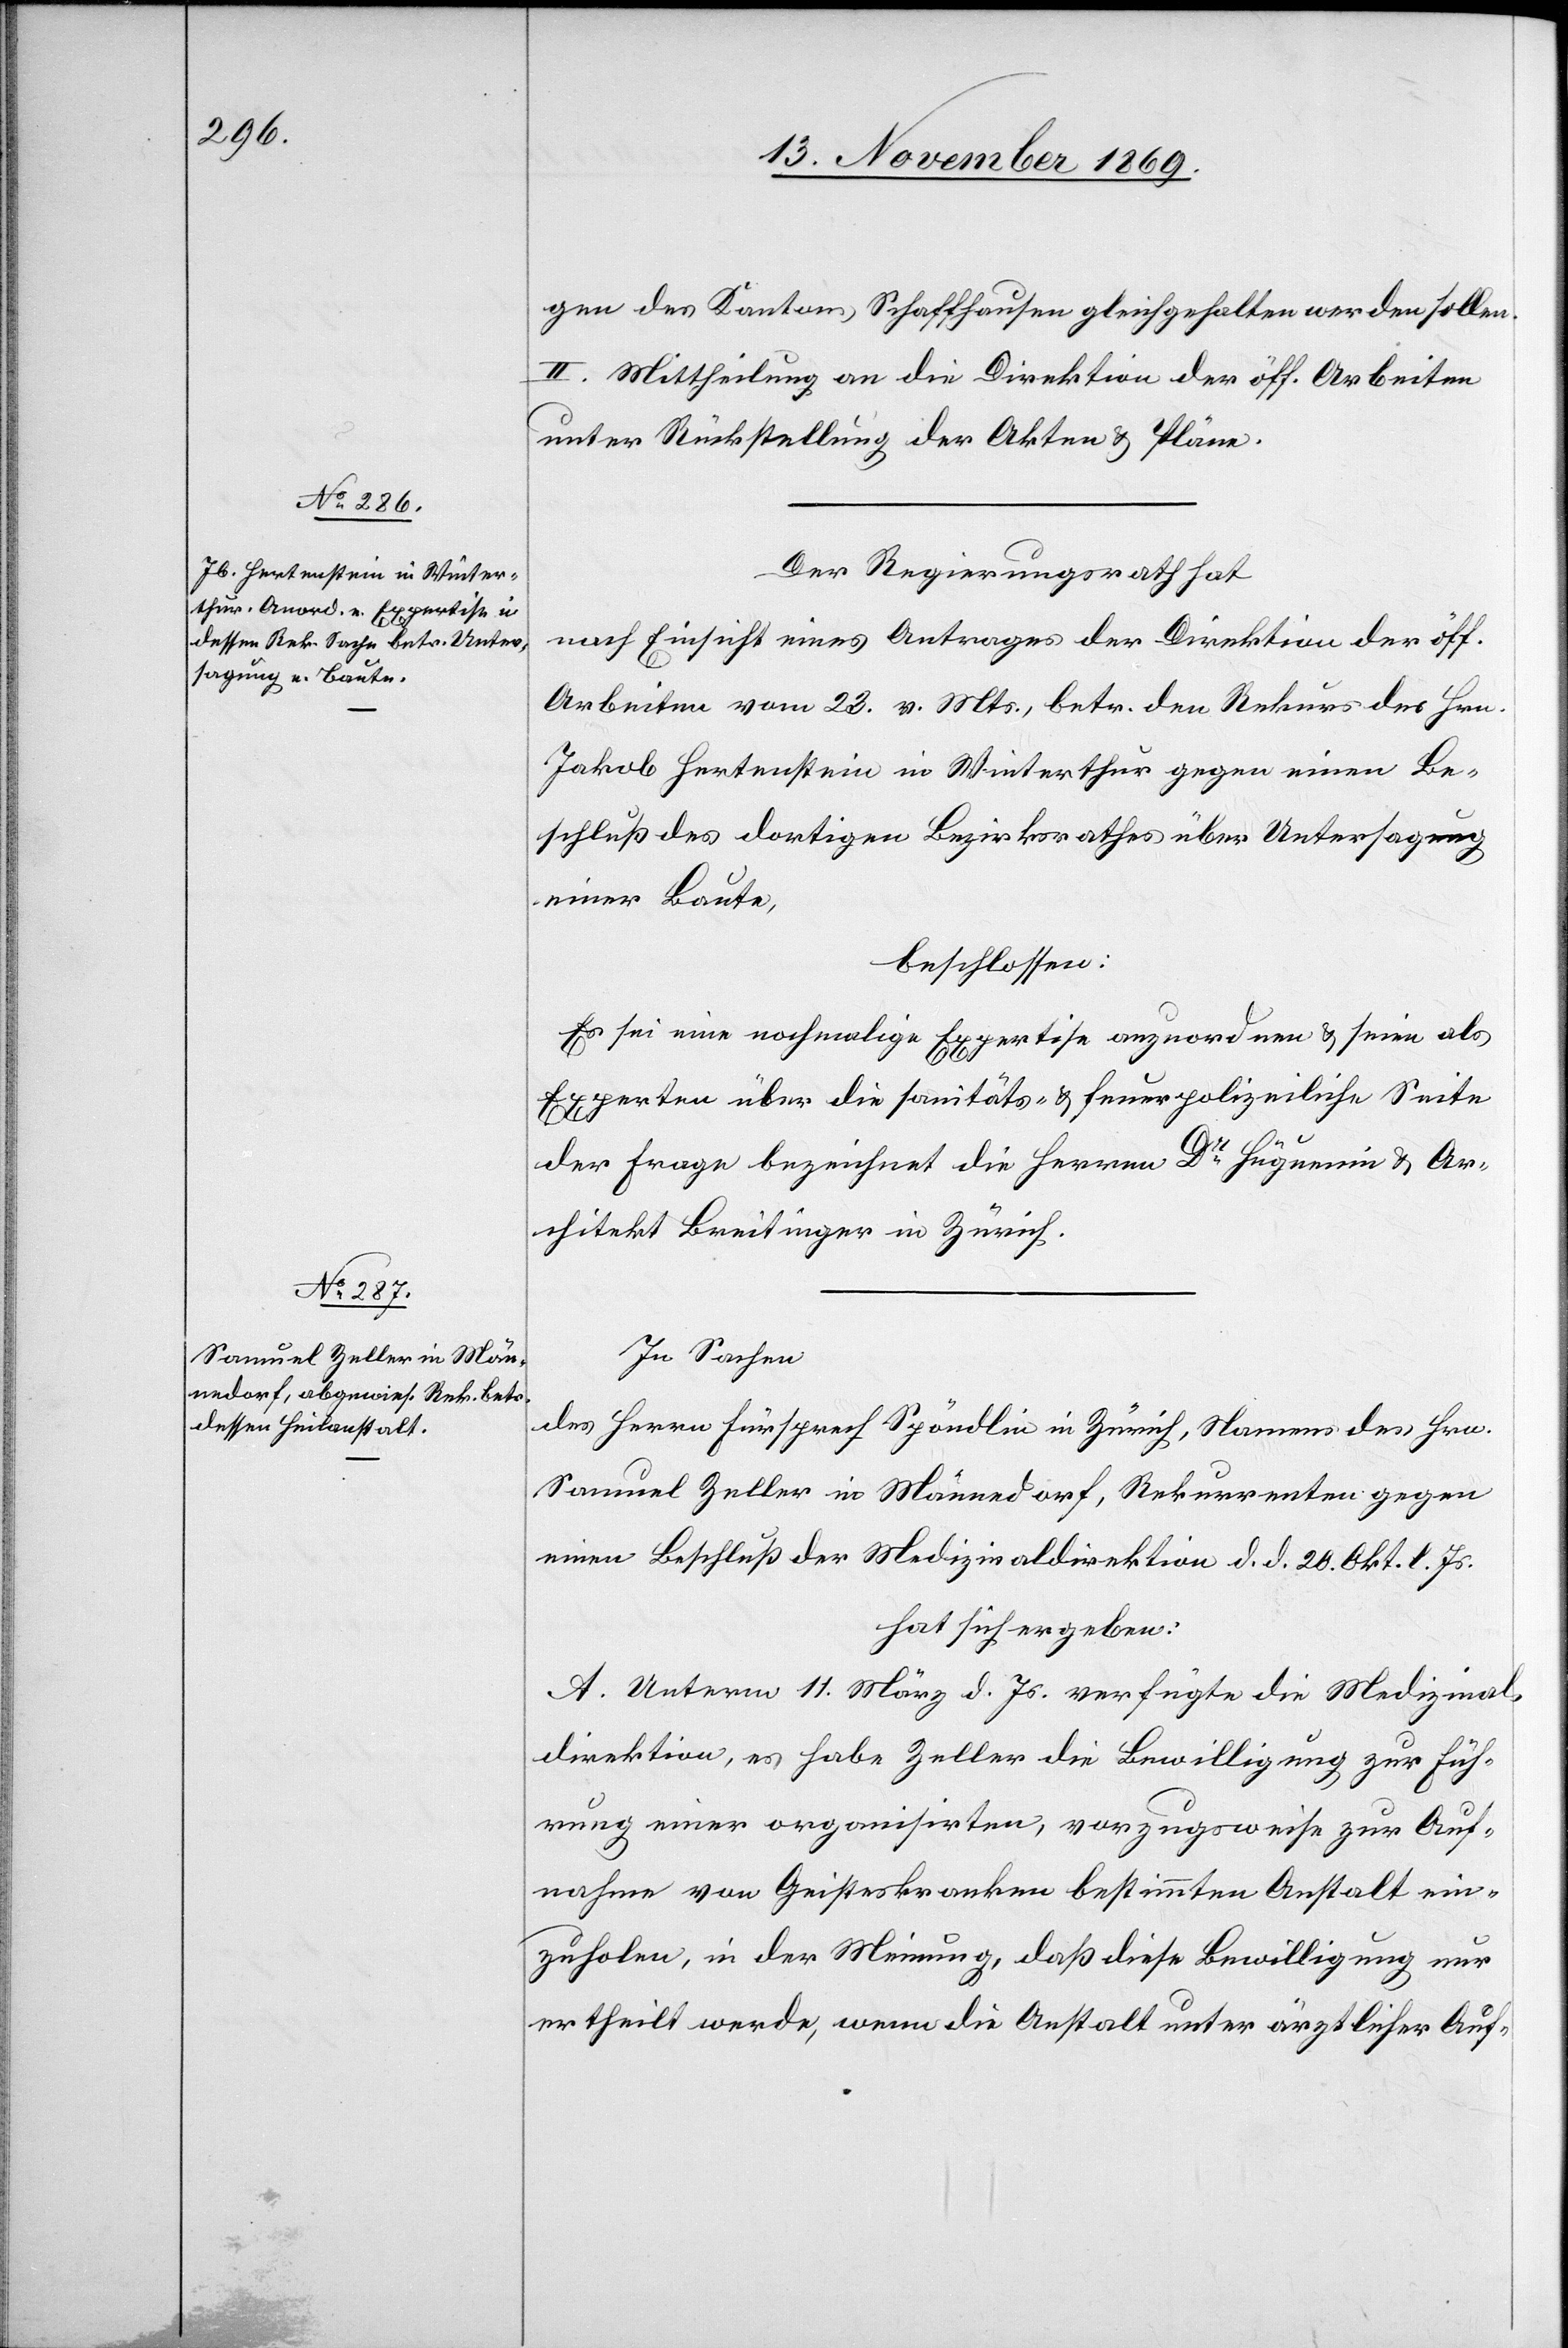
gen des Kantons Schaffhausen gleichgehalten werden sollen.
II. Mittheilung an die Direktion der öff. Arbeiten
unter Rückstellung der Akten & Pläne.
Der Regierungsrath hat
nach Einsicht eines Antrages der Direktion der öff.
Arbeiten vom 23. v. Mts., betr. den Rekurs des Hrn.
Jakob Hertenstein in Winterthur gegen einen Be¬
schluß des dortigen Bezirksrathes über Untersagung
einer Baute,
beschlossen:
Es sei eine nochmalige Expertise anzuordnen & seien als
Experten über die sanitäts- & feuerpolizeiliche Seite
guenin & Ar¬
der Frage bezeichnet die Herren Dr Hü¬
chitekt Breitinger in Zürich.
In Sachen
des Herrn Fürsprech Spöndlin in Zürich, Namens des Hrn.
Samuel Zeller in Männedorf, Rekurrenten gegen
einen Beschluß der Medizinaldirektion d. d. 20. Okt. l. Js.
hat sich ergeben:
A. Unterm 11. März d. Js. verfügte die Medizinal¬
direktion, es habe Zeller die Bewilligung zur Füh¬
rung einer organisirten, vorzugsweise zur Auf¬
nahme von Geisteskranken bestimmten Anstalt ein¬
zuholen, in der Meinung, daß diese Bewilligung nur
ertheilt werde, wenn die Anstalt unter ärztlicher Auf-